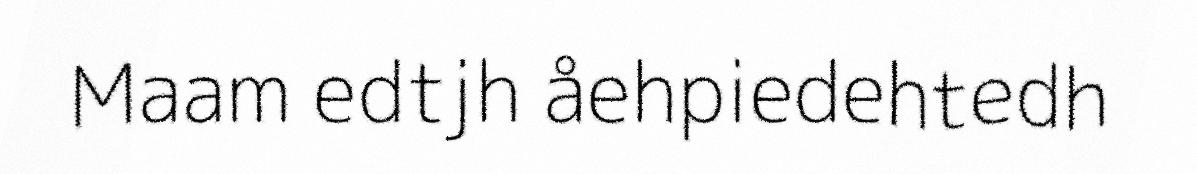
Maam edtjh åehpiedehtedh